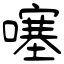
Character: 噻